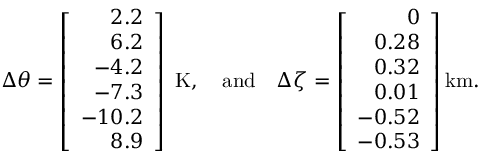
{ \Delta \theta } = \left[ \begin{array} { r } { 2 . 2 } \\ { 6 . 2 } \\ { - 4 . 2 } \\ { - 7 . 3 } \\ { - 1 0 . 2 } \\ { 8 . 9 } \end{array} \right] \mathrm { ~ K } , \quad \mathrm { a n d } \quad { \Delta \zeta } = \left[ \begin{array} { r } { 0 } \\ { 0 . 2 8 } \\ { 0 . 3 2 } \\ { 0 . 0 1 } \\ { - 0 . 5 2 } \\ { - 0 . 5 3 } \end{array} \right] \mathrm { k m } .